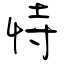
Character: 恃